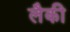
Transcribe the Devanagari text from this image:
लैकी